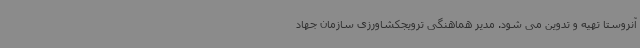
آنروستا تهیه و تدوین می شود. مدیر هماهنگی ترویجکشاورزی سازمان جهاد